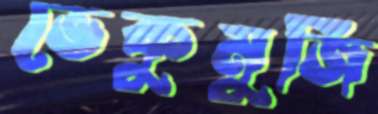
ভেকুমুজি